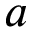
a